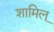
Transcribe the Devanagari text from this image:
शामिल्